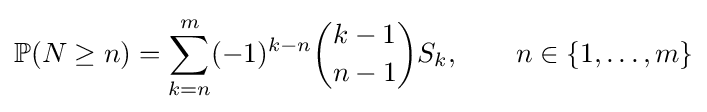
\mathbb {P} (N\geq n)=\sum _{k=n}^{m}(-1)^{k-n}{\binom {k-1}{n-1}}S_{k},\qquad n\in \{1,\ldots ,m\}